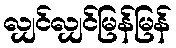
လျှင်လျှင်မြန်မြန်